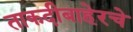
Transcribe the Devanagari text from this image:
ताकदीबाहेरचे